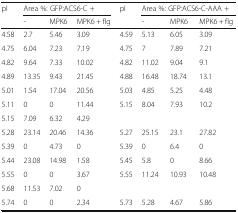
| <ROWSPAN=2> pI | <COLSPAN=3> Area %: GFP:ACS6-C + | <ROWSPAN=2> pI | <COLSPAN=3> Area %: GFP:ACS6-C-AAA + |
 | - | MPK6 | MPK6 + flg | - | MPK6 | MPK6 + flg |
 | --- | --- | --- | --- | --- | --- | --- | --- |
 | 4.58 | 2.7 | 5.46 | 3.09 | 4.59 | 5.13 | 6.05 | 3.09 |
 | 4.75 | 6.04 | 7.23 | 7.19 | 4.75 | 7 | 7.89 | 7.21 |
 | 4.82 | 9.64 | 7.33 | 10.02 | 4.82 | 11.02 | 9.04 | 9.1 |
 | 4.89 | 13.35 | 9.43 | 21.45 | 4.88 | 16.48 | 18.74 | 13.1 |
 | 5.01 | 1.54 | 17.04 | 20.56 | 5.03 | 4.85 | 5.25 | 4.48 |
 | 5.11 | 0 | 0 | 11.44 | 5.15 | 8.04 | 7.93 | 10.2 |
 | 5.15 | 7.09 | 6.32 | 4.29 |  |  |  |  |
 | 5.28 | 23.14 | 20.46 | 14.36 | 5.27 | 25.15 | 23.1 | 27.82 |
 | 5.39 | 0 | 4.73 | 0 | 5.39 | 0 | 6.4 | 0 |
 | 5.44 | 23.08 | 14.98 | 1.58 | 5.45 | 5.8 | 0 | 8.66 |
 | 5.55 | 0 | 0 | 3.67 | 5.55 | 11.24 | 10.93 | 10.48 |
 | 5.68 | 11.53 | 7.02 | 0 |  |  |  |  |
 | 5.74 | 0 | 0 | 2.34 | 5.73 | 5.28 | 4.67 | 5.86 |